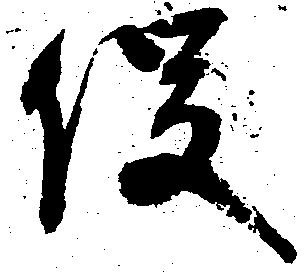
役